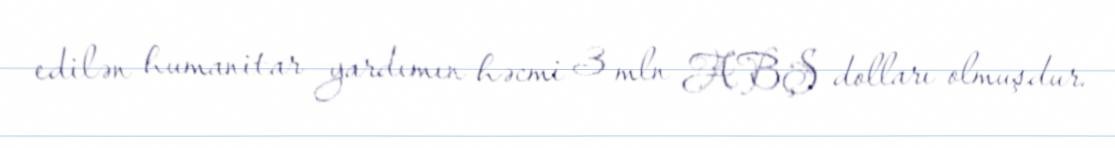
edilən humanitar yardımın həcmi 3 mln ABŞ dolları olmuşdur.